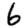
Digit: 6